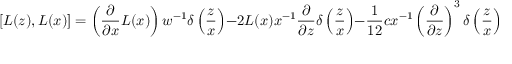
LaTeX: [ L ( z ) , L ( x ) ] = \left( { \frac { \partial } { \partial x } } L ( x ) \right) w ^ { - 1 } \delta \left( { \frac { z } { x } } \right) - 2 L ( x ) x ^ { - 1 } { \frac { \partial } { \partial z } } \delta \left( { \frac { z } { x } } \right) - { \frac { 1 } { 1 2 } } c x ^ { - 1 } \left( { \frac { \partial } { \partial z } } \right) ^ { 3 } \delta \left( { \frac { z } { x } } \right)